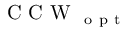
\mathrm { ~ C ~ C ~ W ~ } _ { \mathrm { ~ o ~ p ~ t ~ } }